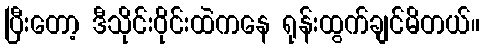
ပြီးတော့ ဒီသိုင်းဝိုင်းထဲကနေ ရုန်းထွက်ချင်မိတယ်။